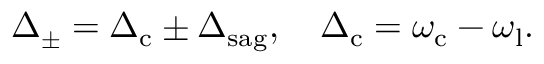
\begin{array} { r } { \Delta _ { \pm } = \Delta _ { \mathrm { c } } \pm \Delta _ { \mathrm { s a g } } , \quad \Delta _ { \mathrm { c } } = \omega _ { \mathrm { c } } - \omega _ { \mathrm { l } } . } \end{array}